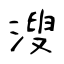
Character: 溲